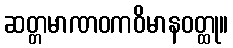
ဆတ္တမာဏဝကဝိမာနဝတ္ထု။